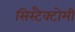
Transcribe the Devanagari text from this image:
सिस्टैक्टोमी